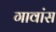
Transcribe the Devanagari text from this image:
गावांस